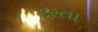
કરતા